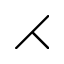
\rightthreetimes